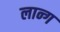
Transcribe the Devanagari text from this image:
लान्ग